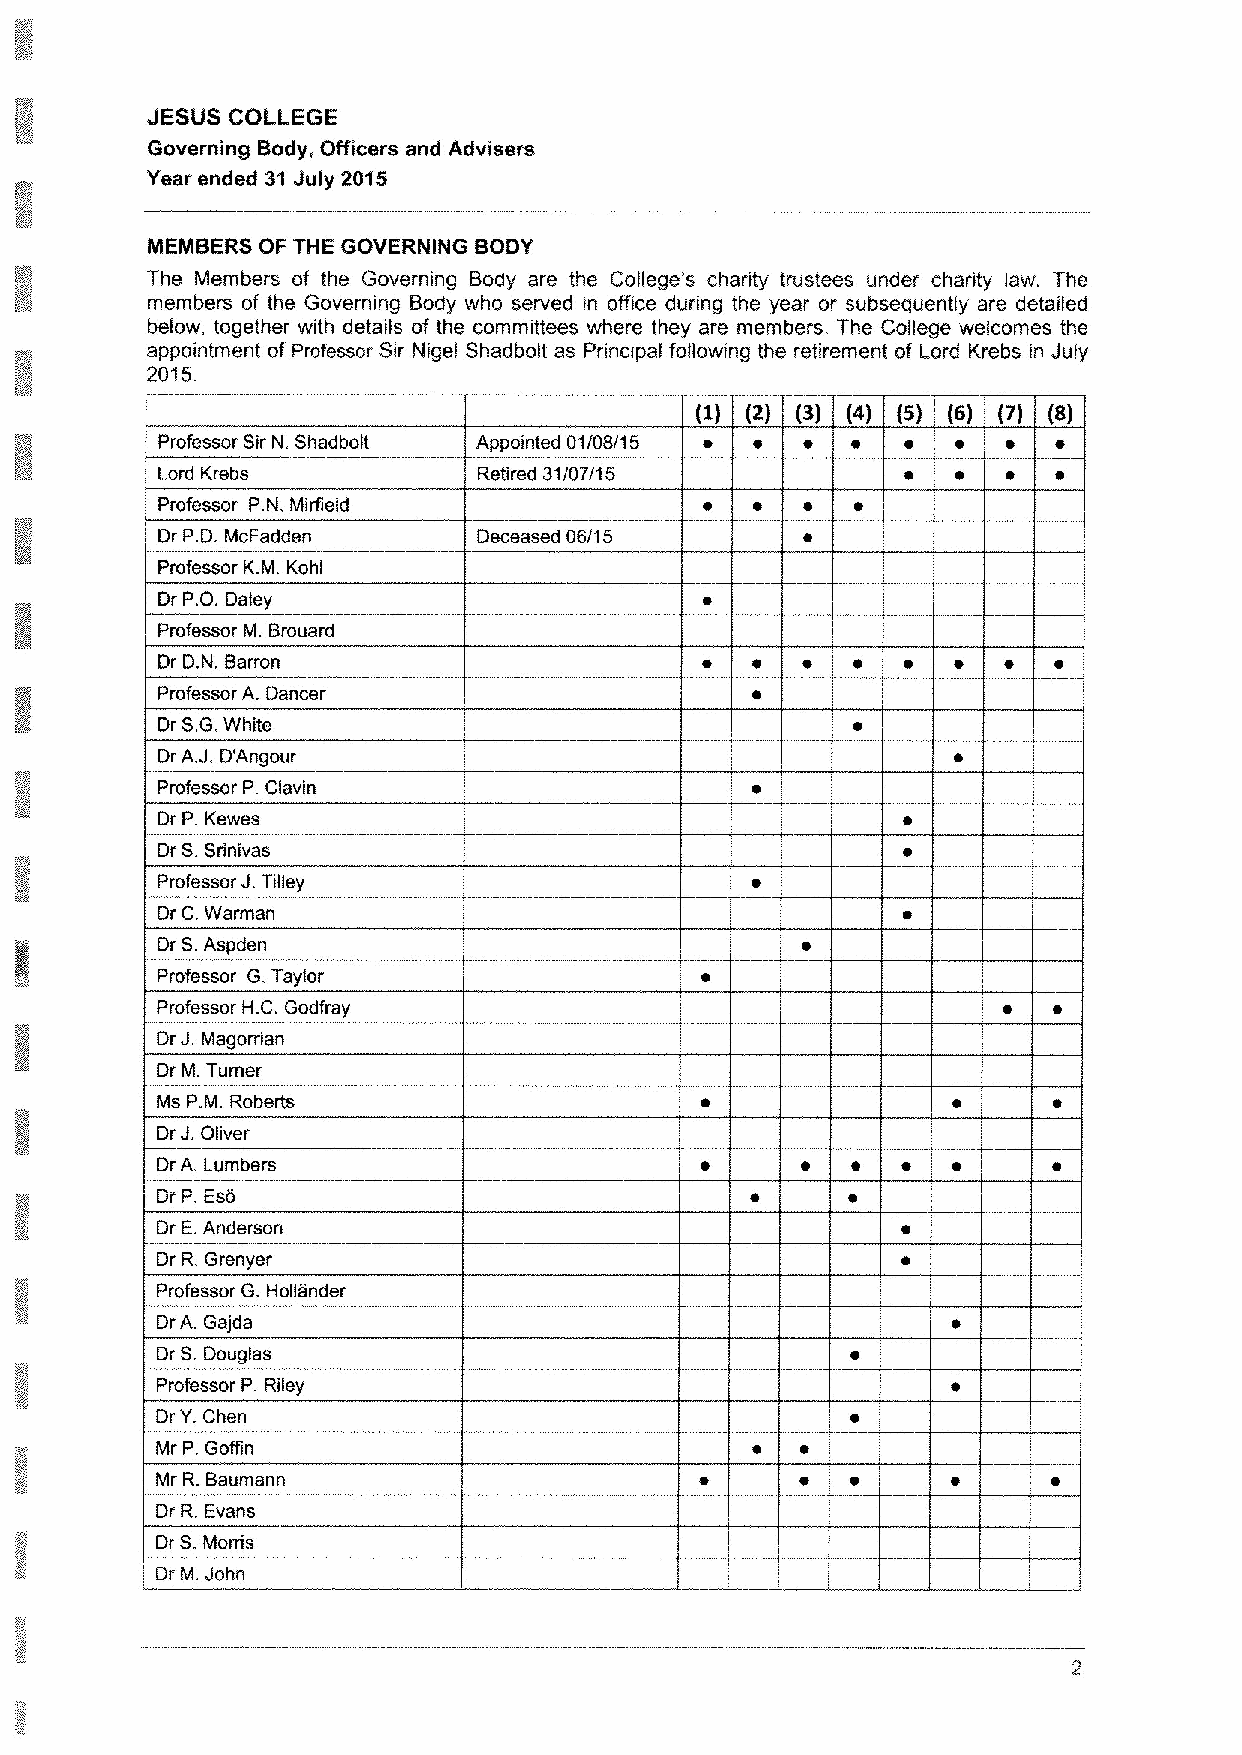
JESUS COLLEGE
 Governing Body, Officers and Advisers
 Year ended 31July 2015
 MEMBERS OF THE GOVERNING BODY
 The Members of the Governing Body are the College's charity trustees under charity law. The
 members of the Governing Body who served in office during the year or subsequently are detailed
 below, together with details of the committees where they are members. The College welcomes the
 appointment of Professor Sir Nigel Shadbolt as Principal following the retirement of Lord Krebs in July
 2015.
 (2) (5) (4) (5) (6) (5)
 Professor Sir N. Shadbolt Appointed 01/08/15 e ~
 Lord Krebs            Retired 31/0?/I 5
 Professor P.N, Mirfield
 Dr P.D. McFadden      Deceased 06/15
 Professor K.M. Kohl
 Dr P.O. Daley
 Professor M. Brouard
 Dr D.N. Barron
 Professor A. Dancer
 Dr S,G.White
 Dr A.J.D'Angour
 Professor P Clavin
 Dr P.Kewes
 Dr S.Srinivas
 Professor J. Tilley
 Dr C.Warman
 Dr S.Aspden
 Professor G.Taylor
 Professor H.C.Godfray
 J.
 Dr Magorrian
 Dr M.Turner
 Ms P.M. Roberts
 J.
 Dr Oliver
 Dr A. Lumbers
 Dr P.Eso
 Dr E.Anderson
 Dr R.Grenyer
 Professor G. Hollander
 DrA. Gajda
 Dr S.Douglas
 Professor P. Riley
 Dr Y.Chen
 Mr P.Goffin
 Mr R.Baumann
 Dr R.Evans
 Dr S.Morris
 Dr M.John